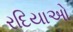
રદિયાઓ